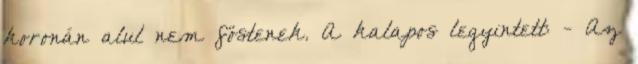
koronán alul nem föstenek. A kalapos legyintett: - Az